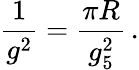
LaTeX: \frac{1}{g^{2}}=\frac{\pi R}{g_{5}^{2}}\, .